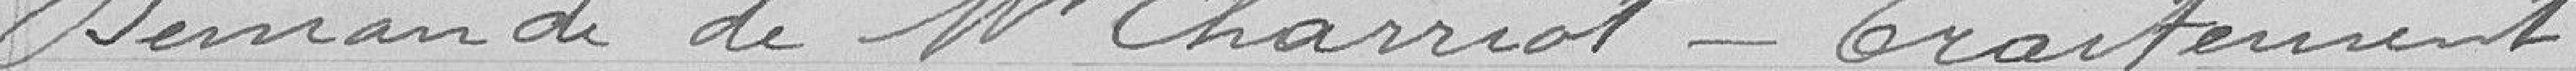
Demande de monsieur Charriot - Traitement